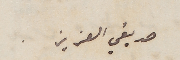
صديقي العزيز